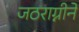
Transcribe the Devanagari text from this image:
जठराग्नीने